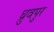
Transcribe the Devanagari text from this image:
ध्रुवपुर